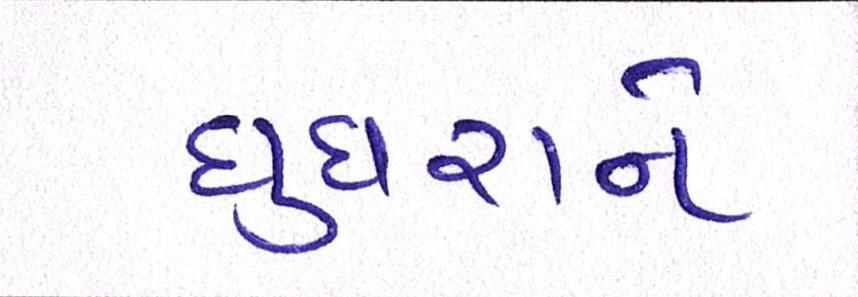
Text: ઘુઘરાને